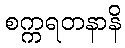
စက္ကရတနာနိ